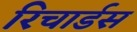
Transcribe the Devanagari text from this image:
रिचार्डस